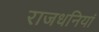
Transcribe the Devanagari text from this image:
राजधनियां